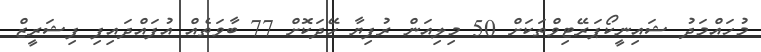
މުހައްމަދު ޝައިނީކޯޕަރޭޓިވްތަކަށް 50 މިލިއަން ރުފިޔާ ހޭދަކޮށް 77 ބާވަތެއް އުފައްދައިފި ފިޝަރީޒް